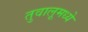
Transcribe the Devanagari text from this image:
तुवालूमध्ये